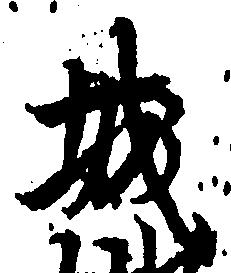
城